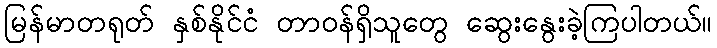
မြန်မာတရုတ် နှစ်နိုင်ငံ တာဝန်ရှိသူတွေ ဆွေးနွေးခဲ့ကြပါတယ်။